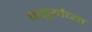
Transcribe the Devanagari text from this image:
चातुर्याच्या